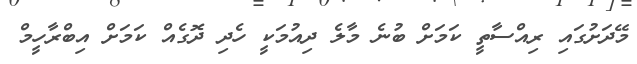
މޭދަށުގައި ރިއްސާތީ ކަމަށް ބުނެ މާލެ ދިއުމަކީ ހެދި ދޮގެއް ކަމަށް އިބްރާހީމް